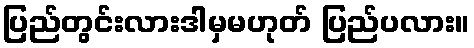
ပြည်တွင်းလားဒါမှမဟုတ် ပြည်ပလား။